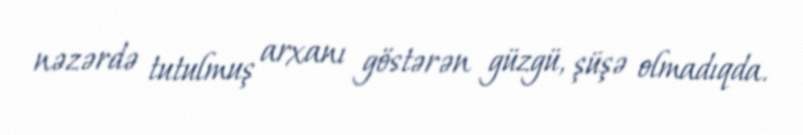
nəzərdə tutulmuş arxanı göstərən güzgü, şüşə olmadıqda.